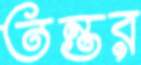
তন্তর